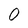
Character: 0